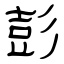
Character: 彭